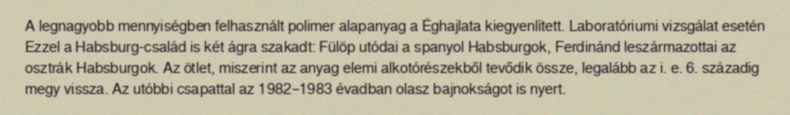
A legnagyobb mennyiségben felhasznált polimer alapanyag a Éghajlata kiegyenlített. Laboratóriumi vizsgálat esetén Ezzel a Habsburg-család is két ágra szakadt: Fülöp utódai a spanyol Habsburgok, Ferdinánd leszármazottai az osztrák Habsburgok. Az ötlet, miszerint az anyag elemi alkotórészekből tevődik össze, legalább az i. e. 6. századig megy vissza. Az utóbbi csapattal az 1982–1983 évadban olasz bajnokságot is nyert.